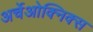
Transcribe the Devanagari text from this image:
अर्चेओक्निक्स